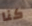
كنا